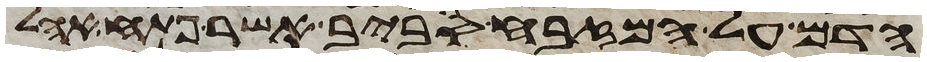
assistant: הדם על המזבח סביב אשר פתח אהל